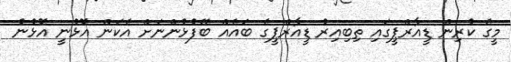
މީގެ ކުރިން ޑީއާރްޕީގައި ތިބިއިރު ޑީއާރްޕީގެ ބައެއް ބޭފުޅުންނަށް އެކަން އޮޅުނީ އޮޅުނު